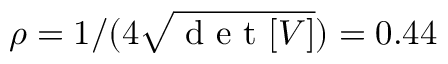
\rho = 1 / ( 4 \sqrt { \mathrm { ~ d ~ e ~ t ~ } [ V ] } ) = 0 . 4 4